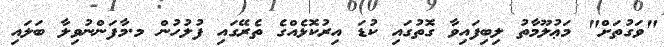
"ވަގުތަށް" މަޢުލޫމާތު ލިބިފައިވާ ގޮތުގައި ކުޑަ އިރުކޮޅެއްގެ ތެރޭގައި ފުލުހުން މ.މާފަންނުވިލާ ބަލައި